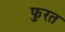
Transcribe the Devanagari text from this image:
फुरत